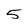
Character: 5